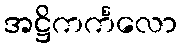
အဋ္ဌိကင်္ကလော